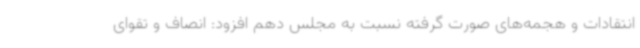
انتقادات و هجمه‌های صورت گرفته نسبت به مجلس دهم افزود: انصاف و تقوای